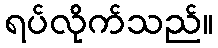
ရပ်လိုက်သည်။